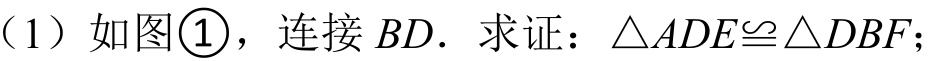
（1）如图\textcircled{1}，连接 \(BD\). 求证：\(\triangle ADE\cong\triangle DBF\);